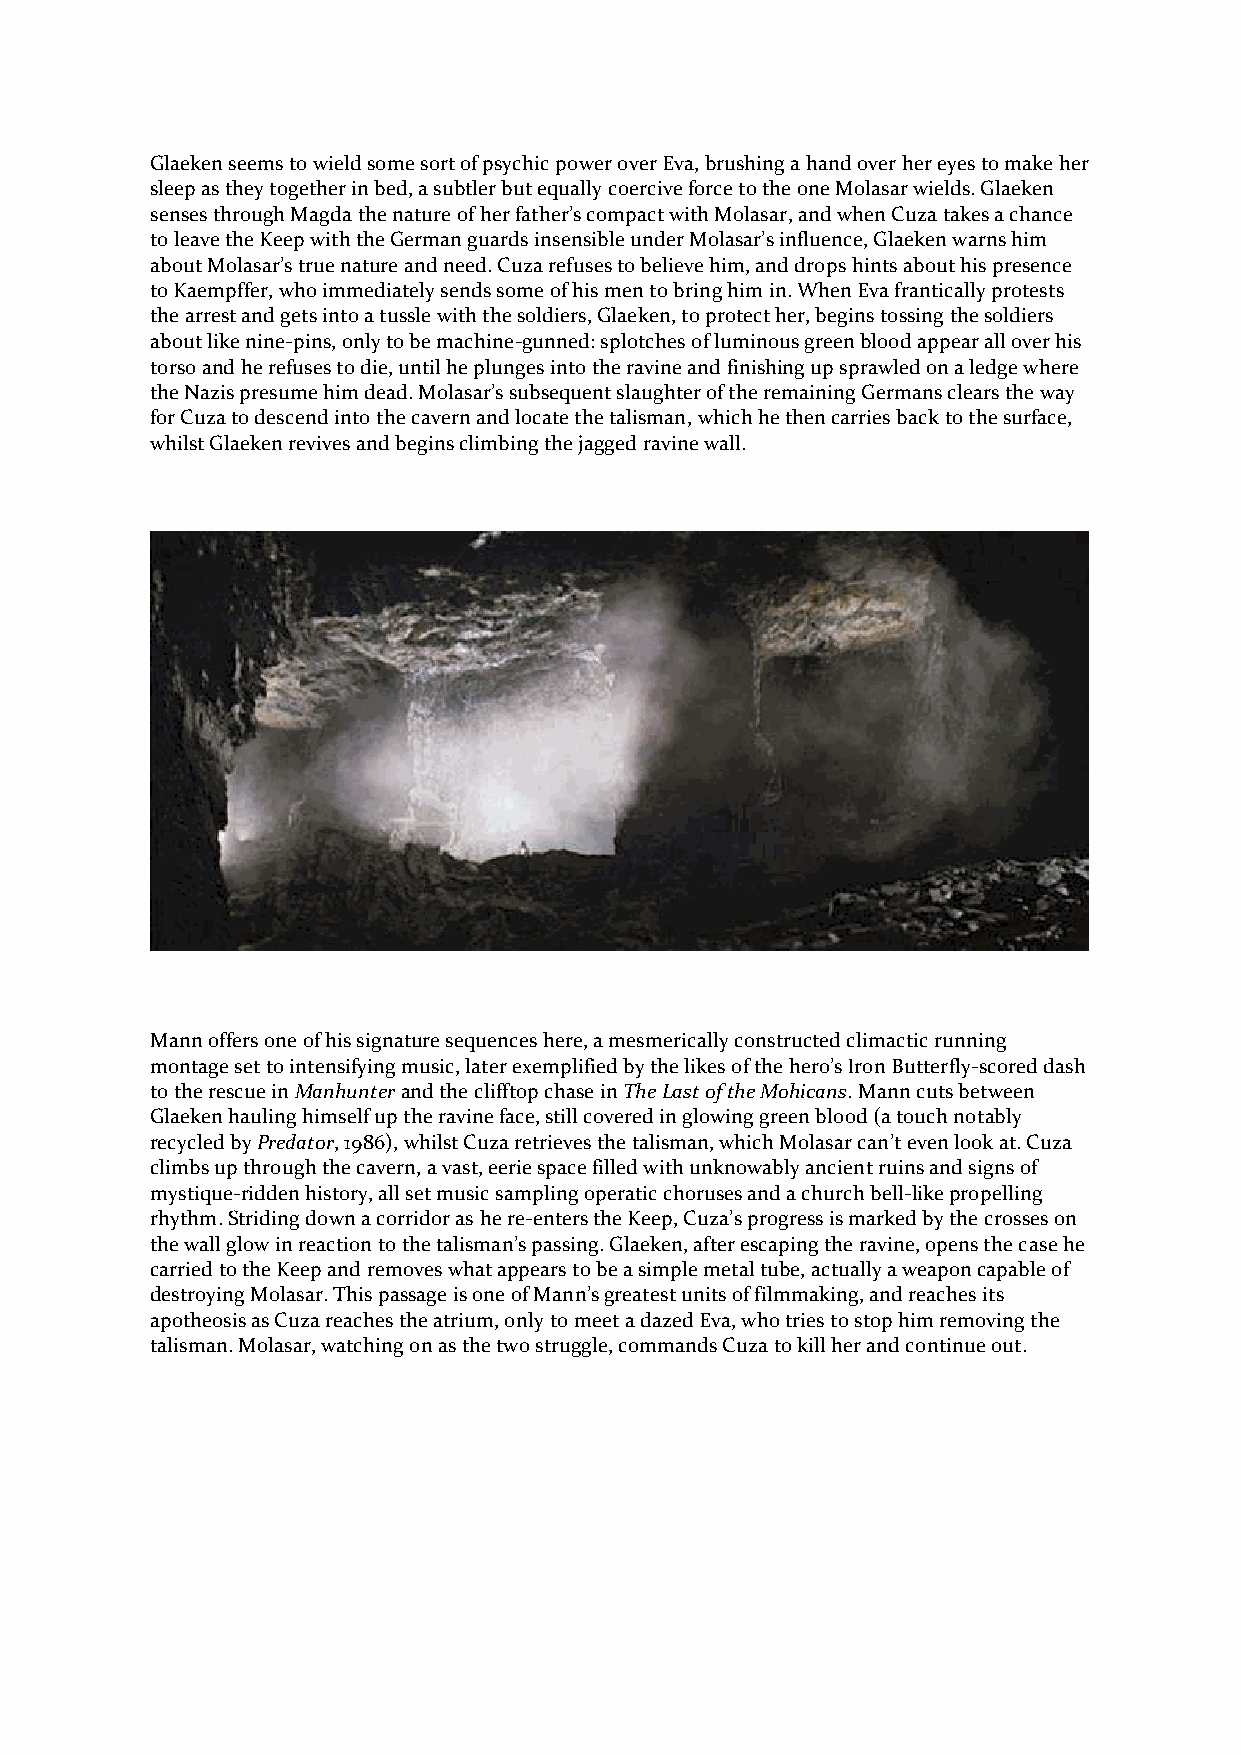
Glaeken seems to wield some sort of psychic power over Eva, brushing a hand over her eyes to make her
 sleep as they together in bed, a subtler but equally coercive force to the one Molasar wields. Glaeken
 senses through Magda the nature of her father’s compact with Molasar, and when Cuza takes a chance
 to leave the Keep with the German guards insensible under Molasar’s influence, Glaeken warns him
 about Molasar’s true nature and need. Cuza refuses to believe him, and drops hints about his presence
 to Kaempffer, who immediately sends some of his men to bring him in. When Eva frantically protests
 the arrest and gets into a tussle with the soldiers, Glaeken, to protect her, begins tossing the soldiers
 about like nine-pins, only to be machine-gunned: splotches of luminous green blood appear all over his
 torso and he refuses to die, until he plunges into the ravine and finishing up sprawled on a ledge where
 the Nazis presume him dead. Molasar’s subsequent slaughter of the remaining Germans clears the way
 for Cuza to descend into the cavern and locate the talisman, which he then carries back to the surface,
 whilst Glaeken revives and begins climbing the jagged ravine wall.
 Mann offers one of his signature sequences here, a mesmerically constructed climactic running
 montage set to intensifying music, later exemplified by the likes of the hero’s Iron Butterfly-scored dash
 to the rescue in Manhunter and the clifftop chase in The Last of the Mohicans. Mann cuts between
 Glaeken hauling himself up the ravine face, still covered in glowing green blood (a touch notably
 recycled by Predator, 1986), whilst Cuza retrieves the talisman, which Molasar can’t even look at. Cuza
 climbs up through the cavern, a vast, eerie space filled with unknowably ancient ruins and signs of
 mystique-ridden history, all set music sampling operatic choruses and a church bell-like propelling
 rhythm. Striding down a corridor as he re-enters the Keep, Cuza’s progress is marked by the crosses on
 the wall glow in reaction to the talisman’s passing. Glaeken, after escaping the ravine, opens the case he
 carried to the Keep and removes what appears to be a simple metal tube, actually a weapon capable of
 destroying Molasar. This passage is one of Mann’s greatest units of filmmaking, and reaches its
 apotheosis as Cuza reaches the atrium, only to meet a dazed Eva, who tries to stop him removing the
 talisman. Molasar, watching on as the two struggle, commands Cuza to kill her and continue out.